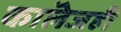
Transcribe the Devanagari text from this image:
काॅलेजही